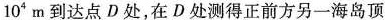
10^{4}m到达点D处，在D处测得正前方另一海岛顶